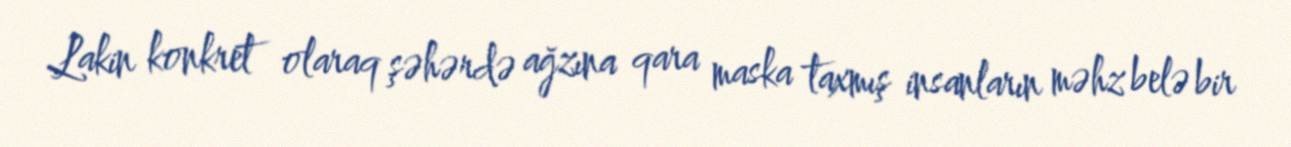
Lakin konkret olaraq şəhərdə ağzına qara maska taxmış insanların məhz belə bir